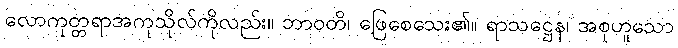
လောကုတ္တရာအကုသိုလ်ကိုလည်း။ ဘာဝတိ၊ ဖြေစေသေး၏။ ရာသဋ္ဌေန၊ အစုဟူသော